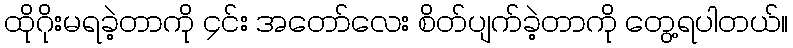
ထိုဂိုးမရခဲ့တာကို ၄င်း အတော်လေး စိတ်ပျက်ခဲ့တာကို တွေ့ရပါတယ်။